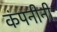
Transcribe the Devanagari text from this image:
कंपनीनी